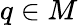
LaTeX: q\in M